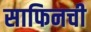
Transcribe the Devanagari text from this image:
साफिनची